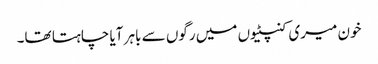
خون میری کنپٹیوں میں رگوں سے باہر آیا چاہتا تھا۔